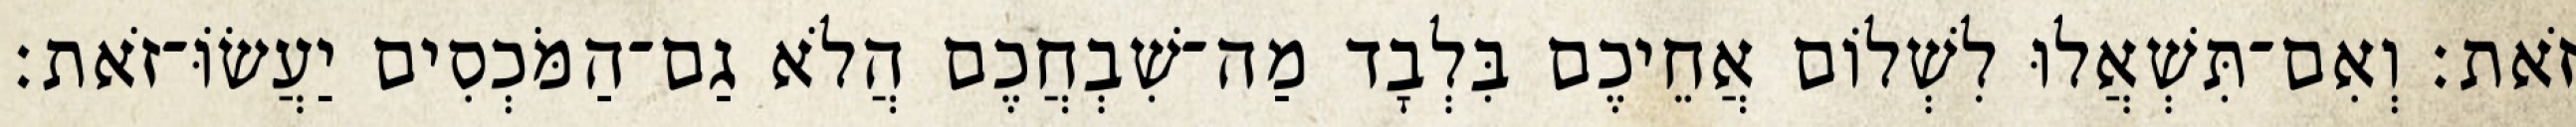
זֹאת׃ וְאִם־תִּשְׁאֲלוּ לִשְׁלוֹם אֲחֵיכֶם בִּלְבָד מַה־שִׁבְחֲכֶם הֲלֹא גַם־הַמֹּכְסִים יַעֲשׂוֹּ־זֹאת׃